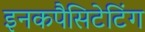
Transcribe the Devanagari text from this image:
इनकपैसिटेटिंग